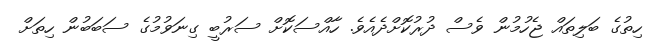
ހިތުގެ ބަލިތައް ޖެހުމުން ވެސް ދުރުކޮށްދެއެވެ. ހާއްސަކޮށް ސަރުބީ ގިނަވުމުގެ ސަބަބުން ހިތަށް